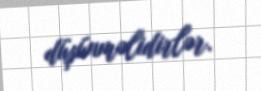
düşünməlidirlər.